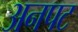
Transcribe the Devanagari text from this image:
अनपट